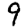
Digit: 9